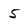
Character: 5